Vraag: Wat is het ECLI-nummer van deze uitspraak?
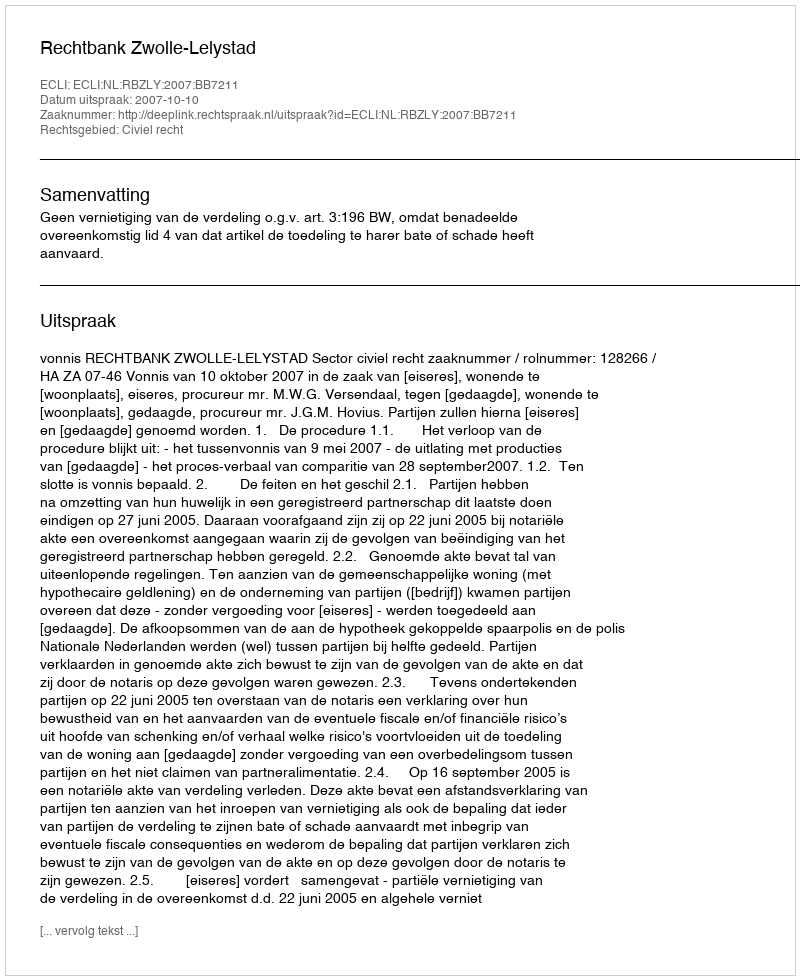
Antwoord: ECLI:NL:RBZLY:2007:BB7211